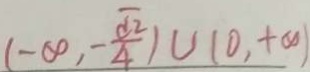
( - \infty , - \frac { \sqrt { 2 } } { 4 } ) \cup ( 0 , + \infty )